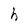
Character: h